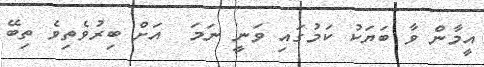
އީމާން ވާ ބަޔަކު ކަމުގައި ވަނީ ނަމަ  އަށް ބިރުވެތިވެ ތިބޭ